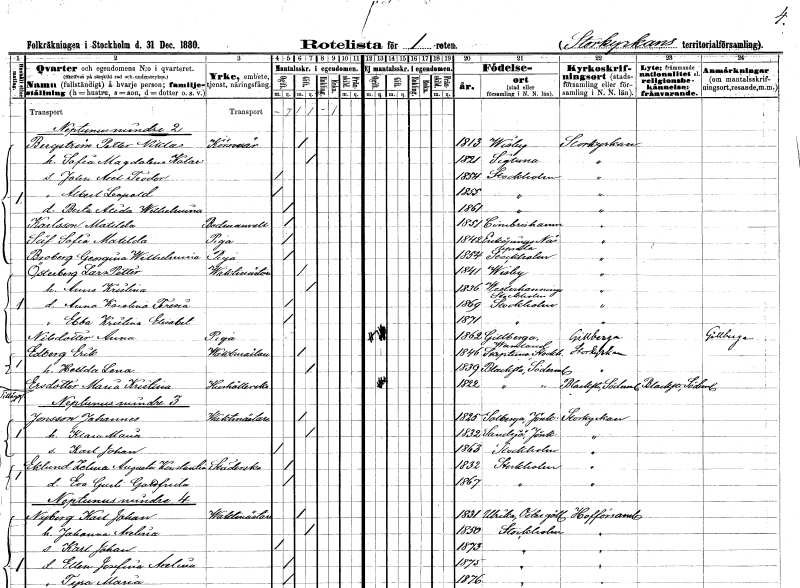
gt_parse: households: individuals: FN: Peter Niklas
EN: Bergström
YRKE: Körsnär
KON: M
CIV: G
FODAR: 1813
FODFORS: Visby Gotlands län
FN: Sofia Magdalena Katarina
KON: K
CIV: G
FODAR: 1821
FODFORS: Sigtuna Stockholms län
FN: John Axel Teodor
KON: M
CIV: O
FODAR: 1854
FODFORS: Stockholm
FN: Albert Leopold
KON: M
CIV: O
FODAR: 1855
FODFORS: Stockholm
FN: Berta Alida Wilhelmina
KON: K
CIV: O
FODAR: 1861
FODFORS: Stockholm
FN: Matilda
EN: Karlsson
YRKE: Badmadam
KON: K
CIV: O
FODAR: 1851
FODFORS: Simrishamn Kristianstads län
FN: Sofia Matilda
EN: Säf
YRKE: Piga
KON: K
CIV: O
FODAR: 1842
FODFORS: Enköpings-Näs Uppsala län
FN: Georgina Wilhelmina
EN: Broberg
YRKE: Piga
KON: K
CIV: O
FODAR: 1854
FODFORS: Stockholm
FN: Lars Petter
EN: Österberg
YRKE: Vaktmästare
KON: M
CIV: G
FODAR: 1841
FODFORS: Visby Gotlands län
FN: Anna Kristina
KON: K
CIV: G
FODAR: 1836
FODFORS: Västerhaninge Stockholms län
FN: Anna Karolina Teresia
KON: K
CIV: O
FODAR: 1869
FODFORS: Stockholm
FN: Ebba Kristina Elisabet
KON: K
CIV: O
FODAR: 1871
FODFORS: Stockholm
FN: Anna
EN: Nilsdotter
YRKE: Piga
KON: K
CIV: O
FODAR: 1862
FODFORS: Gillberga Södermanlands län
FN: Erik
EN: Edberg
YRKE: Vaktmästare
KON: M
CIV: G
FODAR: 1846
FODFORS: Skepptuna Stockholms län
FN: Hedda Lena
KON: K
CIV: G
FODAR: 1839
FODFORS: Blacksta Södermanlands län
FN: Maria Kristina
EN: Ersdotter
YRKE: Hushållerska
KON: K
CIV: O
FODAR: 1822
FODFORS: Blacksta Södermanlands län
FN: Johannes
EN: Jonsson
YRKE: Vaktmästare
KON: M
CIV: G
FODAR: 1825
FODFORS: Solberga Jönköpings län
FN: Klara Maria
KON: K
CIV: G
FODAR: 1832
FODFORS: Sandsjö Jönköpings län
FN: Karl Johan
KON: M
CIV: O
FODAR: 1863
FODFORS: Stockholm
FN: Zelma Augusta Konstantia
EN: Eklund
YRKE: Städerska
KON: K
CIV: O
FODAR: 1832
FODFORS: Stockholm
FN: Eva Gurli Gottfrida
KON: K
CIV: O
FODAR: 1867
FODFORS: Stockholm